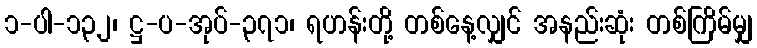
၁-ပါ-၁၃၂၊ ဋ္ဌ-ပ-အုပ်-၃၇၁၊ ရဟန်းတို့ တစ်နေ့လျှင် အနည်းဆုံး တစ်ကြိမ်မျှ